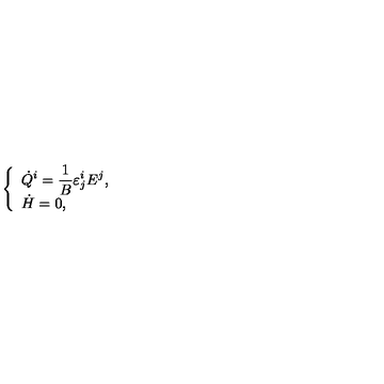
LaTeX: \begin{array} { c c c } { \left\{ \begin{array} { l } { \displaystyle \dot { Q } ^ { i } = \frac { 1 } { B } \varepsilon _ { j } ^ { i } E ^ { j } , } \\ { \dot { H } = 0 , } \\ \end{array} \right. } \\ \end{array}